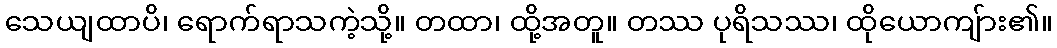
သေယျထာပိ၊ ရောက်ရာသကဲ့သို့။ တထာ၊ ထို့အတူ။ တဿ ပုရိသဿ၊ ထိုယောကျ်ား၏။